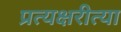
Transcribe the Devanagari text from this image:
प्रत्यक्षरीत्या